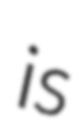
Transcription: is